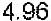
4.96